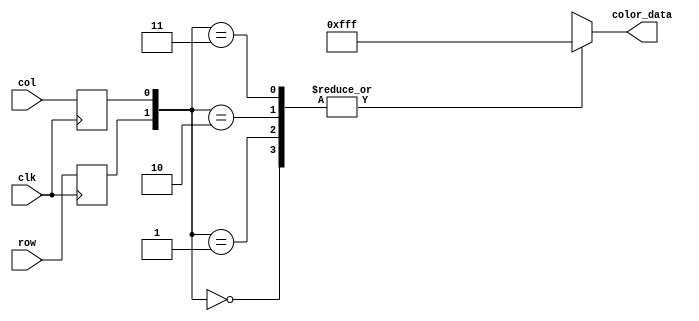
module object3_rom
	(
		input wire clk,
		input wire [0:0] row,
		input wire [0:0] col,
		output reg [11:0] color_data
	);

	(* rom_style = "block" *)

	//signal declaration
	reg [0:0] row_reg;
	reg [0:0] col_reg;

	always @(posedge clk)
		begin
		row_reg <= row;
		col_reg <= col;
		end

	always @*
	case ({row_reg, col_reg})
		2'b00: color_data = 12'b111111111111;
		2'b01: color_data = 12'b111111111111;
		2'b010: color_data = 12'b111111111111;

		2'b10: color_data = 12'b111111111111;
		2'b11: color_data = 12'b111111111111;
		2'b110: color_data = 12'b111111111111;

		2'b100: color_data = 12'b111111111111;
		2'b101: color_data = 12'b111111111111;
		2'b1010: color_data = 12'b111111111111;

		default: color_data = 12'b000000000000;
	endcase
endmodule